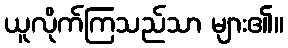
ယူလိုက်ကြသည်သာ များ၏။